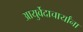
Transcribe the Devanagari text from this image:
आयुर्वेदाचार्यांना